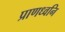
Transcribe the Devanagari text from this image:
प्राणध्वनि